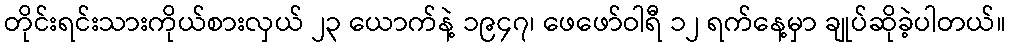
တိုင်းရင်းသားကိုယ်စားလှယ် ၂၃ ယောက်နဲ့ ၁၉၄၇၊ ဖေဖော်ဝါရီ ၁၂ ရက်နေ့မှာ ချုပ်ဆိုခဲ့ပါတယ်။